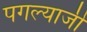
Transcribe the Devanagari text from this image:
पगल्याजी